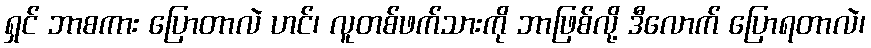
ရှင် ဘာစကား ပြောတာလဲ ဟင်၊ လူတစ်ဖက်သားကို ဘာဖြစ်လို့ ဒီလောက် ပြောရတာလဲ၊